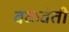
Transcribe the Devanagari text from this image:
वळवंती